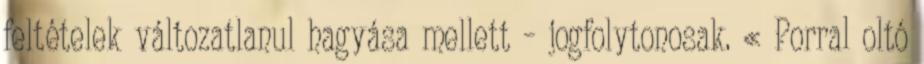
feltételek változatlanul hagyása mellett – jogfolytonosak. « Porral oltó